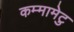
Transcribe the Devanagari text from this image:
कम्‍मामेटु